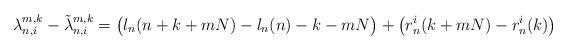
LaTeX: \begin{align*}\lambda_{n,i}^{m,k}-\tilde\lambda_{n,i}^{m,k}=\bigl(l_n(n+k+mN)-l_n(n)-k-mN\bigr)+\bigl(r_n^i(k+mN)-r_n^i(k)\bigr) \end{align*}